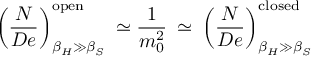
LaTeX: \left( \frac { N } { D e } \right) _ { \beta _ { H } \gg \beta _ { S } } ^ { \mathrm { o p e n } } \: \simeq \frac { 1 } { m _ { 0 } ^ { 2 } } \: \simeq \: \left( \frac { N } { D e } \right) _ { \beta _ { H } \gg \beta _ { S } } ^ { \mathrm { c l o s e d } }